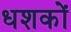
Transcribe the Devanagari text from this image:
धशकों